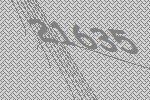
21635